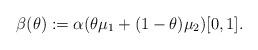
LaTeX: \begin{align*}\beta(\theta):=\alpha(\theta \mu_1+(1-\theta) \mu_2)[0,1].\end{align*}